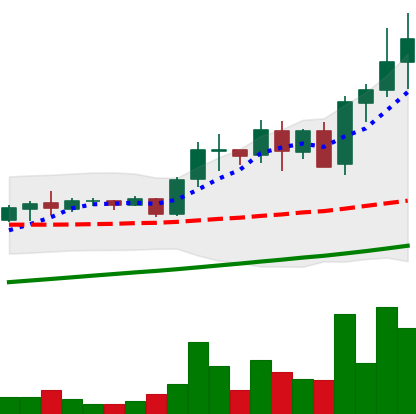
Ticker: ADA-USD
Chart end date: 2021-05-16
Forward return: -32.776%
Label: down_7plus